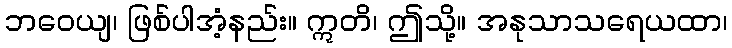
ဘဝေယျ၊ ဖြစ်ပါအံ့နည်း။ ဣတိ၊ ဤသို့။ အနုသာသရေယထာ၊